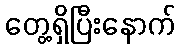
တွေ့ရှိပြီးနောက်